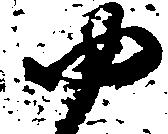
ゆ